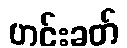
ဟင်းခတ်